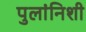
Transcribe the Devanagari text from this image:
पुलांनिशी